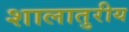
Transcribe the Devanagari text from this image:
शालातुरीय